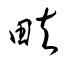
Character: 畉